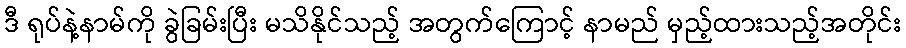
ဒီ ရုပ်နဲ့နာမ်ကို ခွဲခြမ်းပြီး မသိနိုင်သည့် အတွက်ကြောင့် နာမည် မှည့်ထားသည့်အတိုင်း